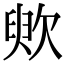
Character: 䶾